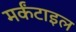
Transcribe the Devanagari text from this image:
मर्कंटाइल